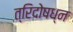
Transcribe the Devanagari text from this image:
त्रिदोषध्न